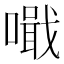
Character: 𠿠